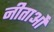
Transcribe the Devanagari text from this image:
नीताओं